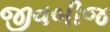
જીવબીજ